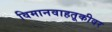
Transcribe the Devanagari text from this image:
विमानवाहतूकीवर